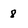
Character: 8